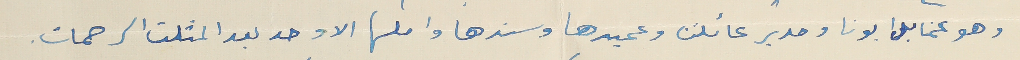
وهو عمنا بل ابونا ومدير عائلتنا وعميدها وسندها واملها الاوحد بعد المثلث الرحمات.